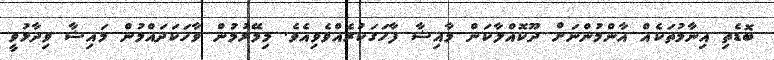
ބޮޑެތި އިނާމުތަކެއް އާންމުންނަށް ދޫކޮއްލާކަން މާއިޝާ ފާހަގަކުރެއްވެވިއެވެ. މިމޭރުމުން ވާހަކަދައްމުން މައިޝާ ވިދާޅުވީ